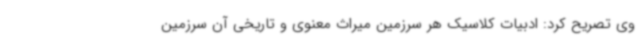
وی تصریح کرد: ادبیات کلاسیک هر سرزمین میراث معنوی و تاریخی آن سرزمین